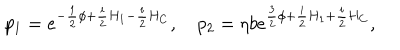
p _ { 1 } = e ^ { - { \frac { 1 } { 2 } } \phi + { \frac { i } { 2 } } H _ { 1 } - { \frac { i } { 2 } } H _ { C } } , \quad p _ { 2 } = \eta b e ^ { { \frac { 3 } { 2 } } \phi + { \frac { i } { 2 } } H _ { 1 } + { \frac { i } { 2 } } H _ { C } } ,